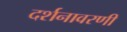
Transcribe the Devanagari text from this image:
दर्शनावरणी